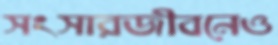
সংসারজীবনেও